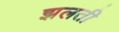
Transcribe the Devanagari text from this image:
झलती